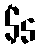
$5